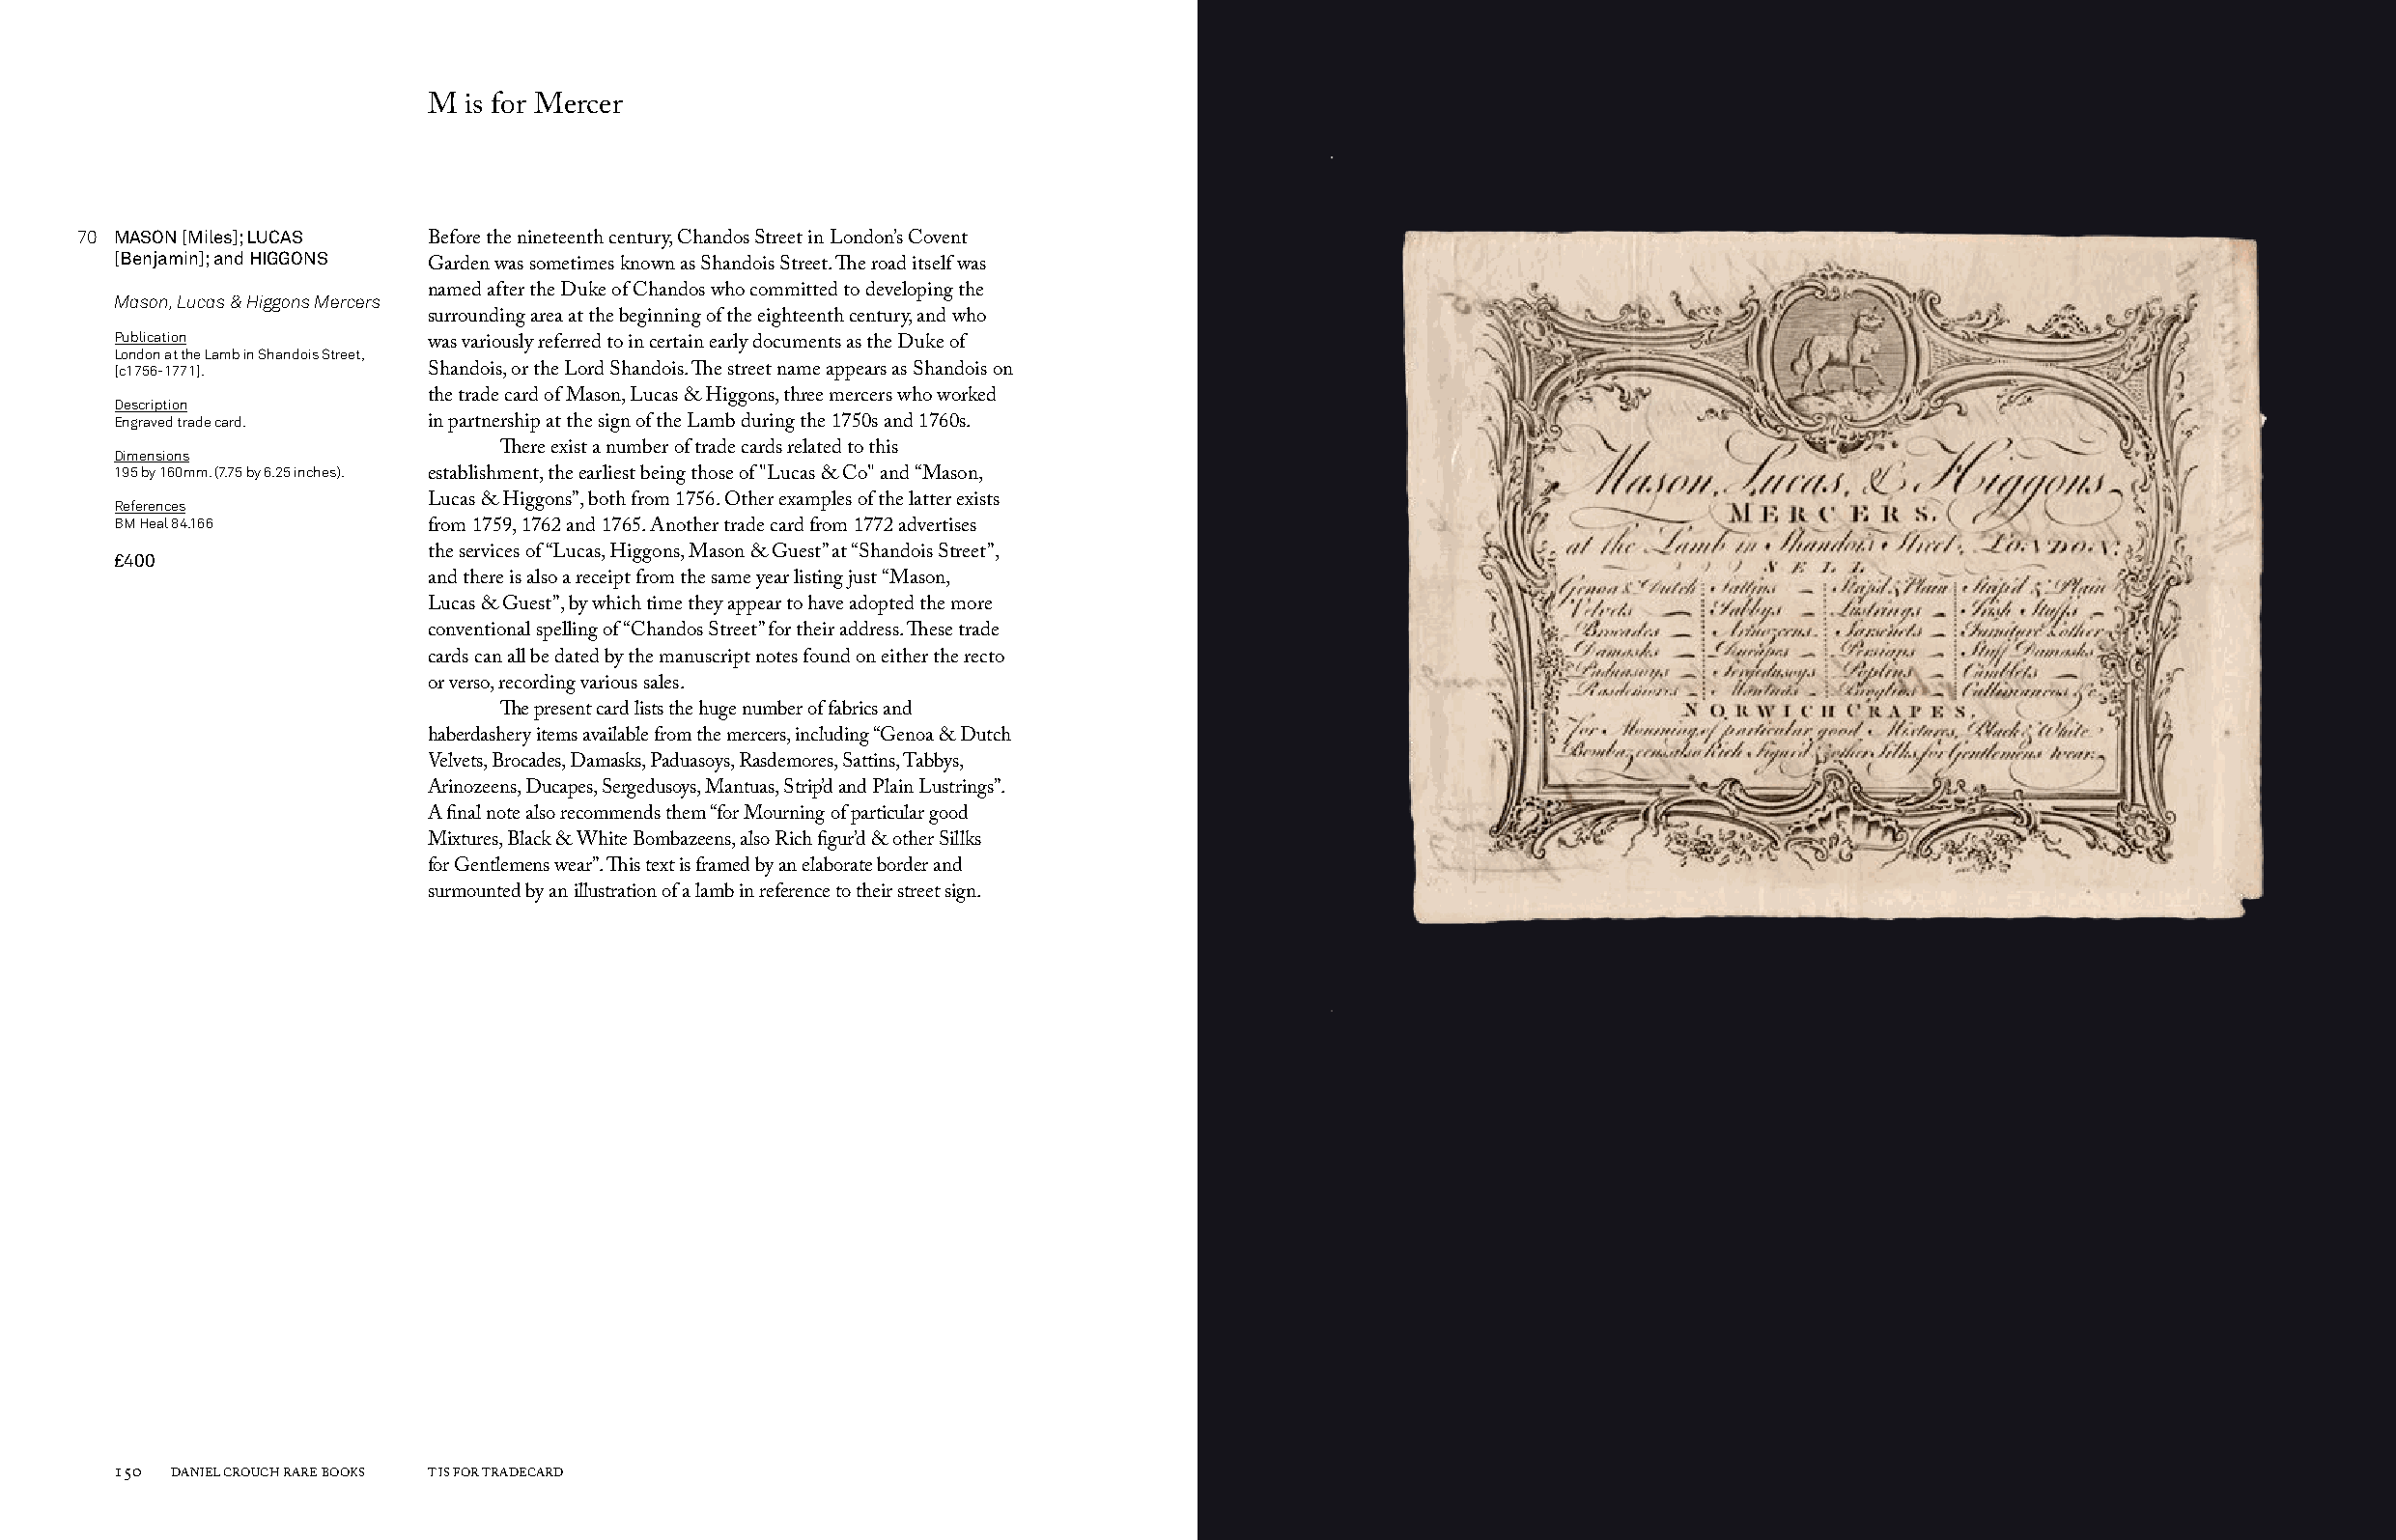
M  is for Mercer
 70 MASON [Miles]; LUCAS
 Before the nineteenth century, Chandos Street in London’s Covent
 [Benjamin]; and HIGGONS
 Garden was sometimes known as Shandois Street. The road itself was
 Mason, Lucas & Higgons Mercers named after the Duke of Chandos who committed to developing the
 surrounding area at the beginning of the eighteenth century, and who
 Publication
 was variously referred to in certain early documents as the Duke of
 London at the Lamb in Shandois Street,
 [c1756-1771].        Shandois, or the Lord Shandois. The street name appears as Shandois on
 Description          the trade card of Mason, Lucas & Higgons, three mercers who worked
 Engraved trade card. in partnership at the sign of the Lamb during the 1750s and 1760s.
 Dimensions                There exist a number of trade cards related to this
 195 by 160mm. (7.75 by 6.25 inches).
 establishment, the earliest being those of "Lucas & Co" and “Mason,
 References           Lucas & Higgons”, both from 1756. Other examples of the latter exists
 BM Heal 84.166
 from 1759, 1762 and 1765. Another trade card from 1772 advertises
 £400                 the services of “Lucas, Higgons, Mason & Guest” at “Shandois Street”,
 and there is also a receipt from the same year listing just “Mason,
 Lucas & Guest”, by which time they appear to have adopted the more
 conventional spelling of “Chandos Street” for their address. These trade
 cards can all be dated by the manuscript notes found on either the recto
 or verso, recording various sales.
 The present card lists the huge number of fabrics and
 haberdashery items available from the mercers, including “Genoa & Dutch
 Velvets, Brocades, Damasks, Paduasoys, Rasdemores, Sattins, Tabbys,
 Arinozeens, Ducapes, Sergedusoys, Mantuas, Strip’d and Plain Lustrings”.
 A final note also recommends them “for Mourning of particular good
 Mixtures, Black & White Bombazeens, also Rich figur’d & other Sillks
 for Gentlemens wear”. This text is framed by an elaborate border and
 surmounted by an illustration of a lamb in reference to their street sign.
 150 DANIEL CROUCH RARE BOOKS T IS FOR TRADECARD                                                                       T IS FOR TRADECARD DANIEL CROUCH RARE BOOKS 151